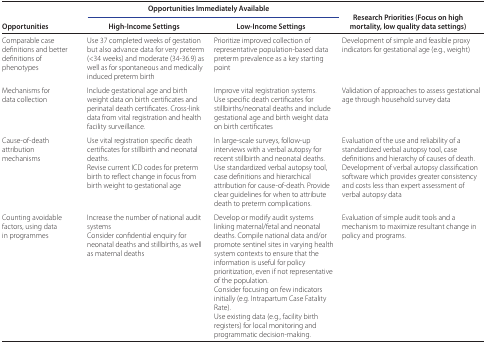
<table><thead><tr><td></td><td colspan="2"><b>Opportunities Immediately Available </b></td><td></td></tr><tr><td><b>Opportunities </b></td><td><b>High-Income Settings</b></td><td><b>Low-Income Settings</b></td><td><b>Research Priorities (Focus on high mortality, low quality data settings) </b></td></tr></thead><tbody><tr><td>Comparable case definitions and better definitions of phenotypes </td><td>Use 37 completed weeks of gestation but also advance data for very preterm (&lt;34 weeks) and moderate (34-36.9) as well as for spontaneous and medically induced preterm birth </td><td>Prioritize improved collection of representative population-based data preterm prevalence as a key starting point </td><td>Development of simple and feasible proxy indicators for gestational age (e.g., weight) </td></tr><tr><td>Mechanisms for data collection </td><td>Include gestational age and birth weight data on birth certificates and perinatal death certificates. Cross-link data from vital registration and health facility surveillance. </td><td>Improve vital registration systems. Use specific death certificates for stillbirths/neonatal deaths and include gestational age and birth weight data on birth certificates </td><td>Validation of approaches to assess gestational age through household survey data </td></tr><tr><td>Cause-of-death attribution mechanisms </td><td>Use vital registration specific death certificates for stillbirth and neonatal deaths.Revise current ICD codes for preterm birth to reflect change in focus from birth weight to gestational age</td><td>In large-scale surveys, follow-up interviews with a verbal autopsy for recent stillbirth and neonatal deaths. Use standardized verbal autopsy tool, case definitions and hierarchical attribution for cause-of-death. Provide clear guidelines for when to attribute death to preterm complications. </td><td>Evaluation of the use and reliability of a standardized verbal autopsy tool, case definitions and hierarchy of causes of death. Development of verbal autopsy classification software which provides greater consistency and costs less than expert assessment of verbal autopsy data </td></tr><tr><td>Counting avoidable factors, using data in programmes </td><td>Increase the number of national audit systemsConsider confidential enquiry for neonatal deaths and stillbirths, as well as maternal deaths </td><td>Develop or modify audit systems linking maternal/fetal and neonatal deaths. Compile national data and/or promote sentinel sites in varying health system contexts to ensure that the information is useful for policy prioritization, even if not representative of the population.Consider focusing on few indicators initially (e.g. Intrapartum Case Fatality Rate).Use existing data (e.g., facility birth registers) for local monitoring and programmatic decision-making.</td><td>Evaluation of simple audit tools and a mechanism to maximize resultant change in policy and programs. </td></tr></tbody></table>